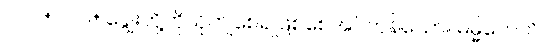
၁၁၀+၁၁၁+ ချွေးတို့ကိုယိုကျစေ၍ဖြစ်စေအပ်ကုန်သော။ ဓမ္မိကေဟိ၊